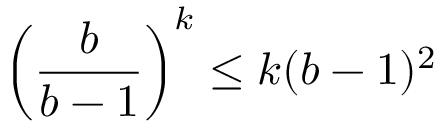
{ \left( { \frac { b } { b - 1 } } \right) } ^ { k } \leq k ( b - 1 ) ^ { 2 }